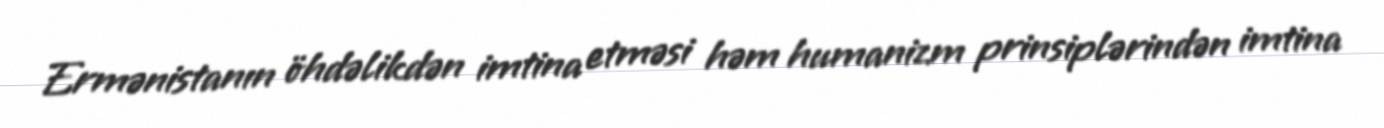
Ermənistanın öhdəlikdən imtina etməsi həm humanizm prinsiplərindən imtina